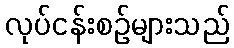
လုပ်ငန်းစဉ်များသည်